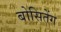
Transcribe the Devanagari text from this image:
बोसितेंग